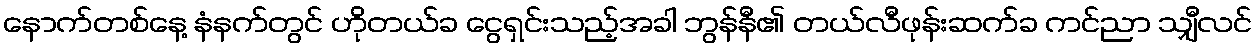
နောက်တစ်နေ့ နံနက်တွင် ဟိုတယ်ခ ငွေရှင်းသည့်အခါ ဘွန်နီ၏ တယ်လီဖုန်းဆက်ခ ကင်ညာ သျှီလင်